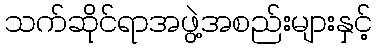
သက်ဆိုင်ရာအဖွဲ့အစည်းများနှင့်